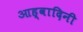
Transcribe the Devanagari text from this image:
आह्वादिनी